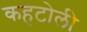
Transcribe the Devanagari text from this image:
कहटोली